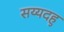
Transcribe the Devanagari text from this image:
सय्यदहु